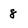
Character: 8